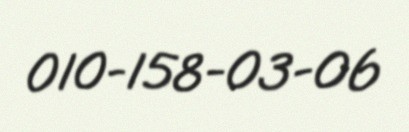
010-158-03-06